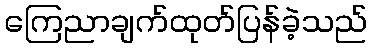
ကြေညာချက်ထုတ်ပြန်ခဲ့သည်